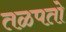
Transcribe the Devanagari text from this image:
तळपतो